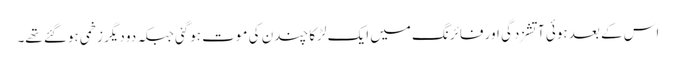
اس کے بعد ہوئی آتشزدگی اور فائرنگ میں ایک لڑکا چندن کی موت ہوگئی جبکہ دو دیگر زخمی ہوگئے تھے۔